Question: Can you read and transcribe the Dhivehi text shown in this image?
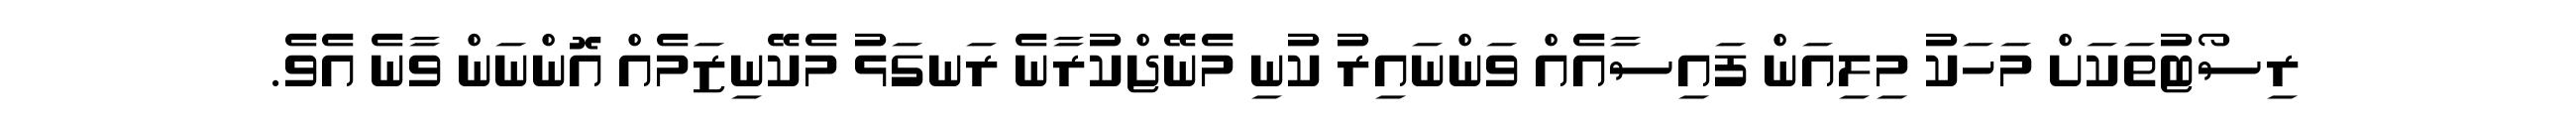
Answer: ރިސޯޓުތަކަށް މަހަކު މިލިއަން ފައިސާއެއް ވަންނައިރު ކުނި މެނޭޖްކުރާނެ ރަނގަޅު މެކޭނިޒަމެއް އޮންނަން ވާނެ އެވެ.